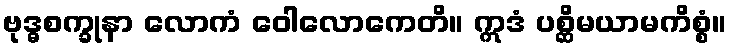
ဗုဒ္ဓစက္ခုနာ လောကံ ဝေါလောကေတိ။ ဣဒံ ပစ္ဆိမယာမကိစ္စံ။